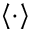
\left\langle \cdot \right\rangle